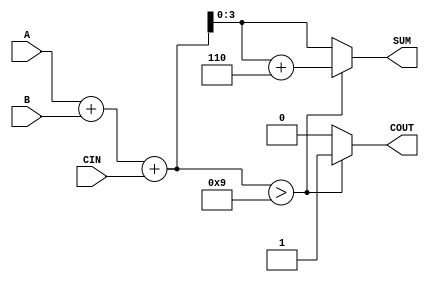
module bcd_conditional_adder (
    input [3:0] A,      // First BCD digit input
    input [3:0] B,      // Second BCD digit input
    input CIN,          // Carry input from previous stage
    output reg [3:0] SUM, // BCD result of the addition
    output reg COUT      // Carry output
);

    wire [4:0] S;      // 5-bit sum to accommodate carry
    wire [4:0] corrected_sum;

    // Compute the initial binary sum
    assign S = A + B + CIN;

    always @(*) begin
        if (S > 9) begin
            // If the sum exceeds valid BCD, add 6 to correct it
            SUM = S + 5'b00110; // Adding 6 (0110 in binary)
            COUT = 1;            // Indicate that there is a carry out
        end else begin
            SUM = S[3:0];      // Take the lower 4 bits as valid BCD
            COUT = 0;          // No carry out
        end
    end

endmodule